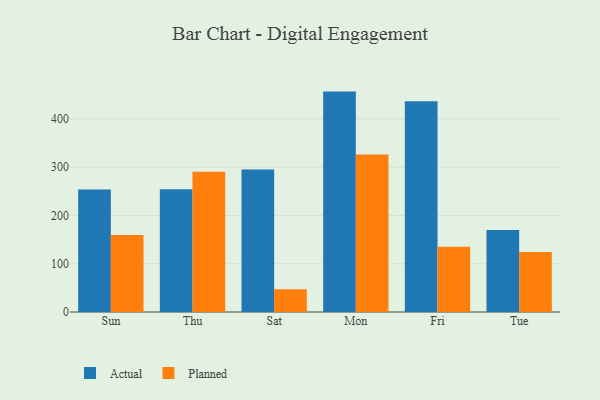
{"axis": {"x": "Day", "y": "Net Income (USD K)"}, "legend": ["Actual", "Planned"], "data": [{"x": "Sun", "y": 254.0, "type": "Actual"}, {"x": "Sun", "y": 159.6, "type": "Planned"}, {"x": "Thu", "y": 254.1, "type": "Actual"}, {"x": "Thu", "y": 290.8, "type": "Planned"}, {"x": "Sat", "y": 295.4, "type": "Actual"}, {"x": "Sat", "y": 47.1, "type": "Planned"}, {"x": "Mon", "y": 456.7, "type": "Actual"}, {"x": "Mon", "y": 326.3, "type": "Planned"}, {"x": "Fri", "y": 436.8, "type": "Actual"}, {"x": "Fri", "y": 135.3, "type": "Planned"}, {"x": "Tue", "y": 170.1, "type": "Actual"}, {"x": "Tue", "y": 124.2, "type": "Planned"}]}